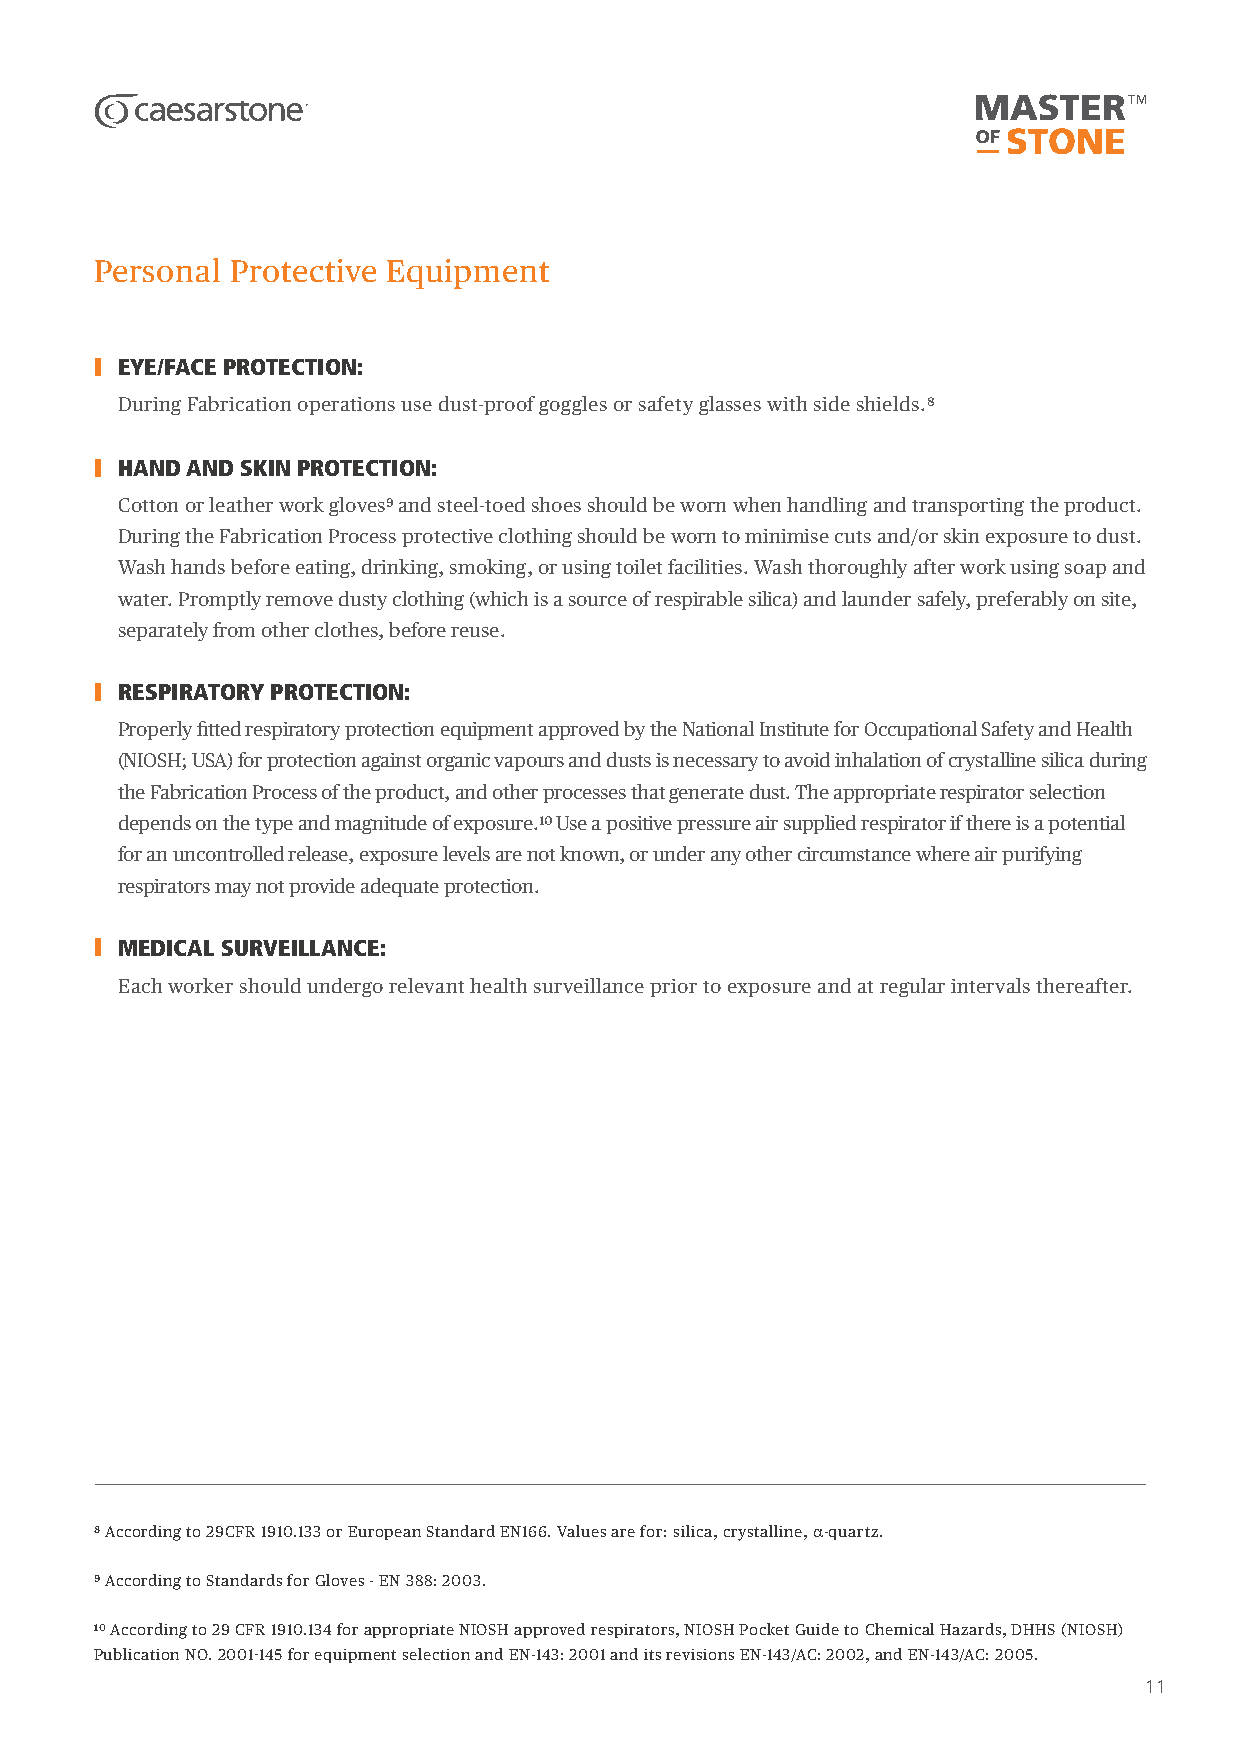
Personal Protective Equipment
 EYE/FACE PROTECTION:
 During Fabrication operations use dust-proof goggles or safety glasses with side shields.8
 HAND AND SKIN PROTECTION:
 Cotton or leather work gloves9 and steel-toed shoes should be worn when handling and transporting the product.
 During the Fabrication Process protective clothing should be worn to minimise cuts and/or skin exposure to dust.
 Wash hands before eating, drinking, smoking, or using toilet facilities. Wash thoroughly after work using soap and
 water. Promptly remove dusty clothing (which is a source of respirable silica) and launder safely, preferably on site,
 separately from other clothes, before reuse.
 RESPIRATORY PROTECTION:
 Properly fitted respiratory protection equipment approved by the National Institute for Occupational Safety and Health
 (NIOSH; USA) for protection against organic vapours and dusts is necessary to avoid inhalation of crystalline silica during
 the Fabrication Process of the product, and other processes that generate dust. The appropriate respirator selection
 depends on the type and magnitude of exposure.10 Use a positive pressure air supplied respirator if there is a potential
 for an uncontrolled release, exposure levels are not known, or under any other circumstance where air purifying
 respirators may not provide adequate protection.
 MEDICAL SURVEILLANCE:
 Each worker should undergo relevant health surveillance prior to exposure and at regular intervals thereafter.
 8 According to 29CFR 1910.133 or European Standard EN166. Values are for: silica, crystalline, α-quartz.
 9 According to Standards for Gloves - EN 388: 2003.
 10 According to 29 CFR 1910.134 for appropriate NIOSH approved respirators, NIOSH Pocket Guide to Chemical Hazards, DHHS (NIOSH)
 Publication NO. 2001-145 for equipment selection and EN-143: 2001 and its revisions EN-143/AC: 2002, and EN-143/AC: 2005.
 11